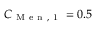
C _ { \mathrm { ~ M ~ e ~ n ~ , ~ 1 ~ } } = 0 . 5